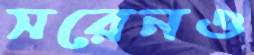
সরেনও